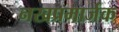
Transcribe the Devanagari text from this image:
नखप्रमार्जक